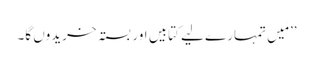
’’مَیں تمہارے لیے کتابیں اور بستہ خریدوں گا۔